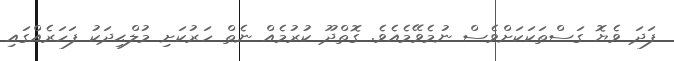
ފަދަ ވެޔޮ ގަސްތަކަކަށްވެސް ނުމެވޭމެއެވެ. ގޮތްދޫ ކުރުމެއް ނެތް ހަރުކަށި މުލްޙިދަކު ފަހަރެއްގައި